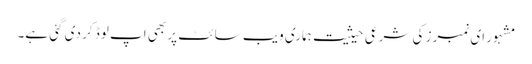
مشہور ای نمبرز کی شرعی حیثیت ہماری ویب سائٹ پر بھی اپ لوڈ کر دی گئی ہے۔